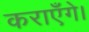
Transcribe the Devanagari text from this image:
कराएँगे।